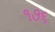
૧૭૬